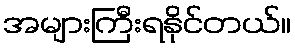
အများကြီးရနိုင်တယ်။